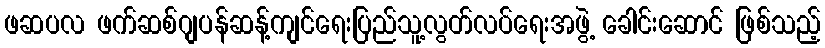
ဖဆပလ ဖက်ဆစ်ဂျပန်ဆန့်ကျင်ရေးပြည်သူ့လွတ်လပ်ရေးအဖွဲ့ ခေါင်းဆောင် ဖြစ်သည့်